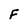
Character: F